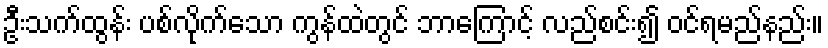
ဦးသက်ထွန်း ပစ်လိုက်သော ကွန်ထဲတွင် ဘာကြောင့် လည်စင်း၍ ဝင်ရမည်နည်း။